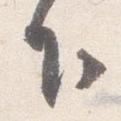
下